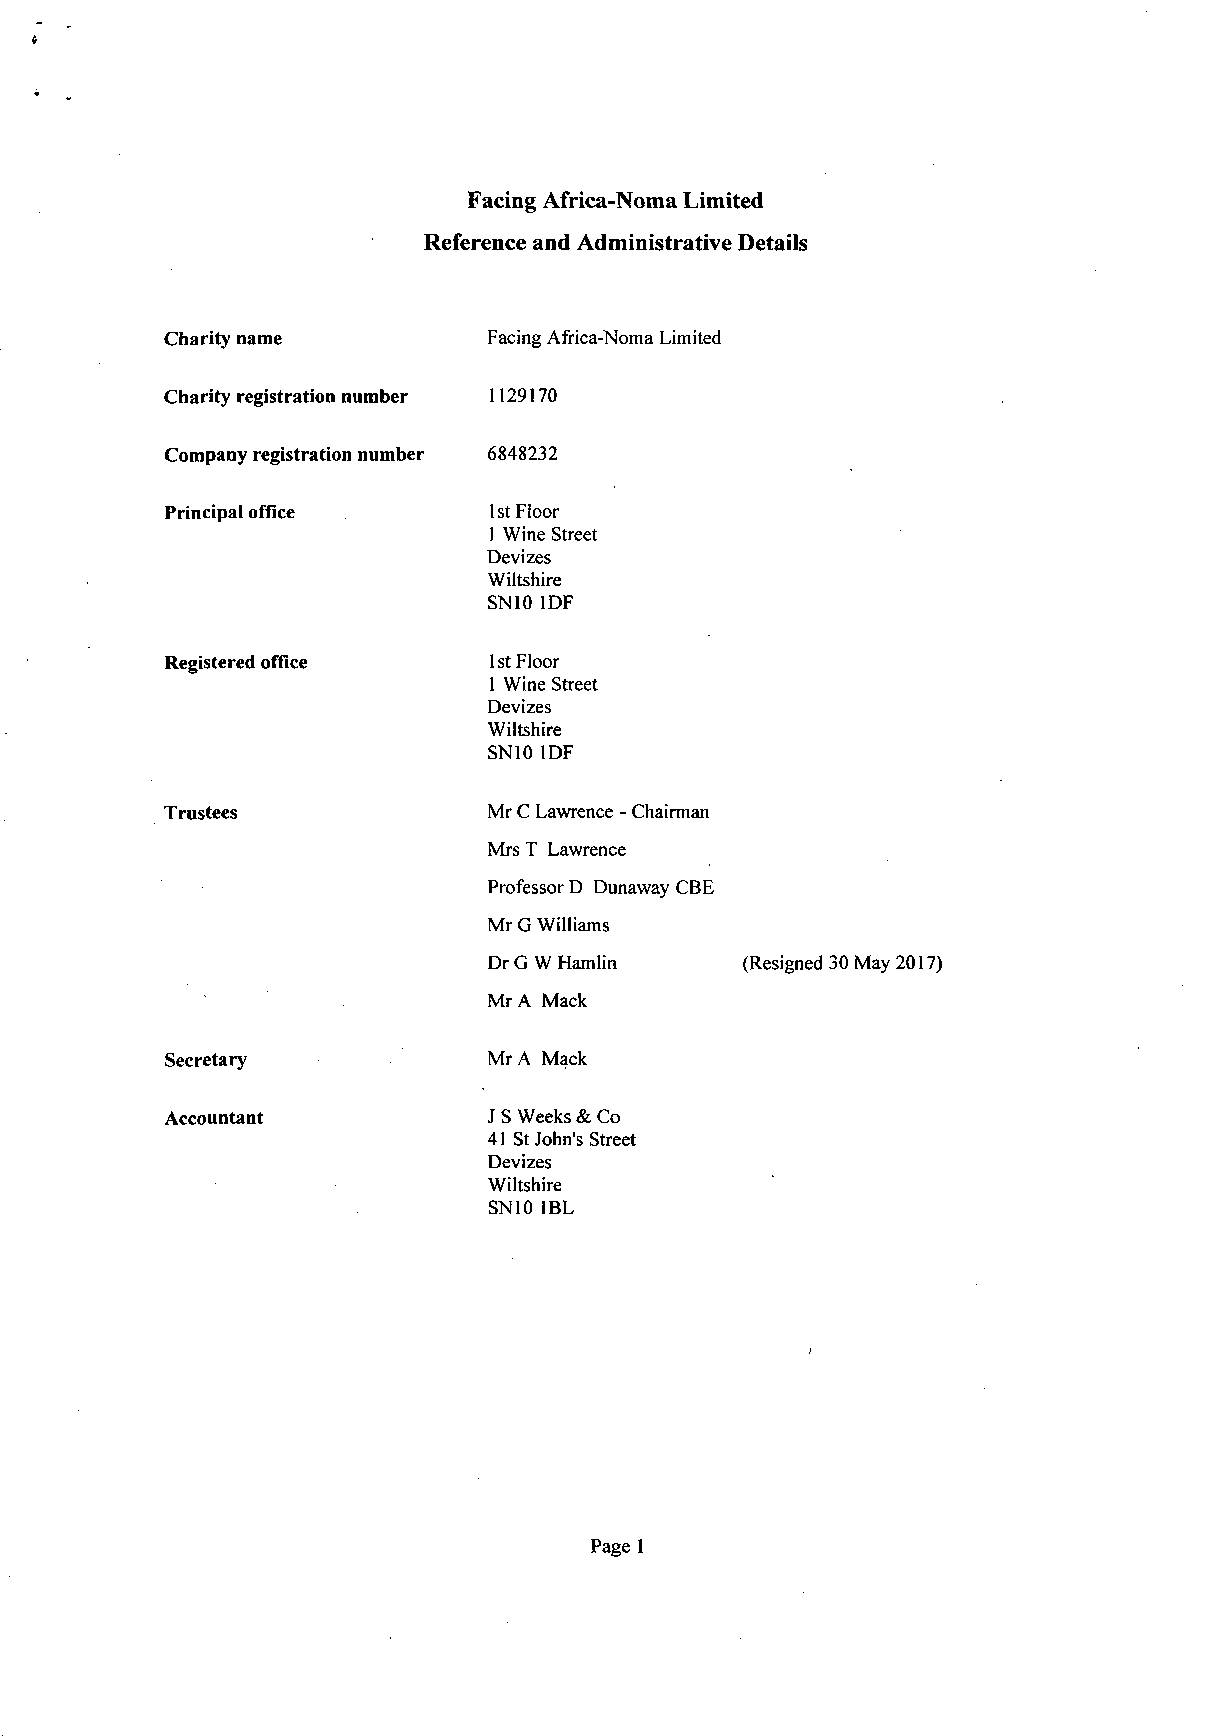
Facing Africa-Noma Limited
 Reference and Administrative Details
 Charity name         Facing Africa-Noma Limited
 Charity registration number 1129170
 Company registration number 6848232
 Principal office     1 st Floor
 1 Wine Street
 Devizes
 Wiltshire
 SN10 IDF
 Registered office    1st Floor
 1 Wine Street
 Devizes
 Wiltshire
 SN10 IDF
 Trustees             Mr C Lawrence - Chairman
 Mrs T Lawrence
 Professor D Dunaway CBE
 Mr G Williams
 Dr G W Hamlin    (Resigned 30 May 2017)
 Mr A Mack
 Secretary            Mr A Mack
 Accountant           J S Weeks & Co
 41 St John's Street
 Devizes
 Wiltshire
 SN10 1BL
 Page 1